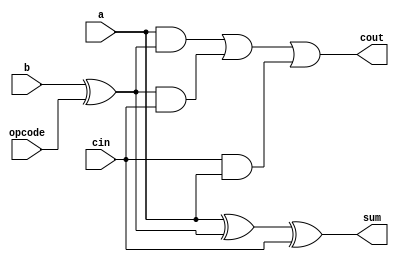
module onebit(a,b,cin,opcode,sum,cout);

    input a,b,cin,opcode;
    output sum,cout;
    wire sum,cout;
    assign sum=a^(b^opcode)^cin;
    assign cout=(a&(b^opcode))|((b^opcode)&cin)|(cin&a);

endmodule